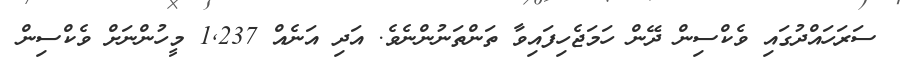
ސަރަހައްދުގައި ވެކްސިން ދޭން ހަމަޖެހިފައިވާ ތަންތަނުންނެވެ. އަދި އަނެއް 1